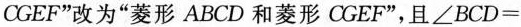
CGEF”改为”菱形ABCD和菱形CGEF”，且$$ ∠ B C D =